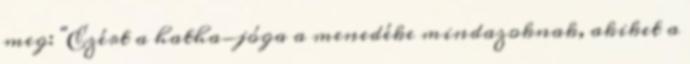
meg: "Ezért a hatha-jóga a menedéke mindazoknak, akiket a